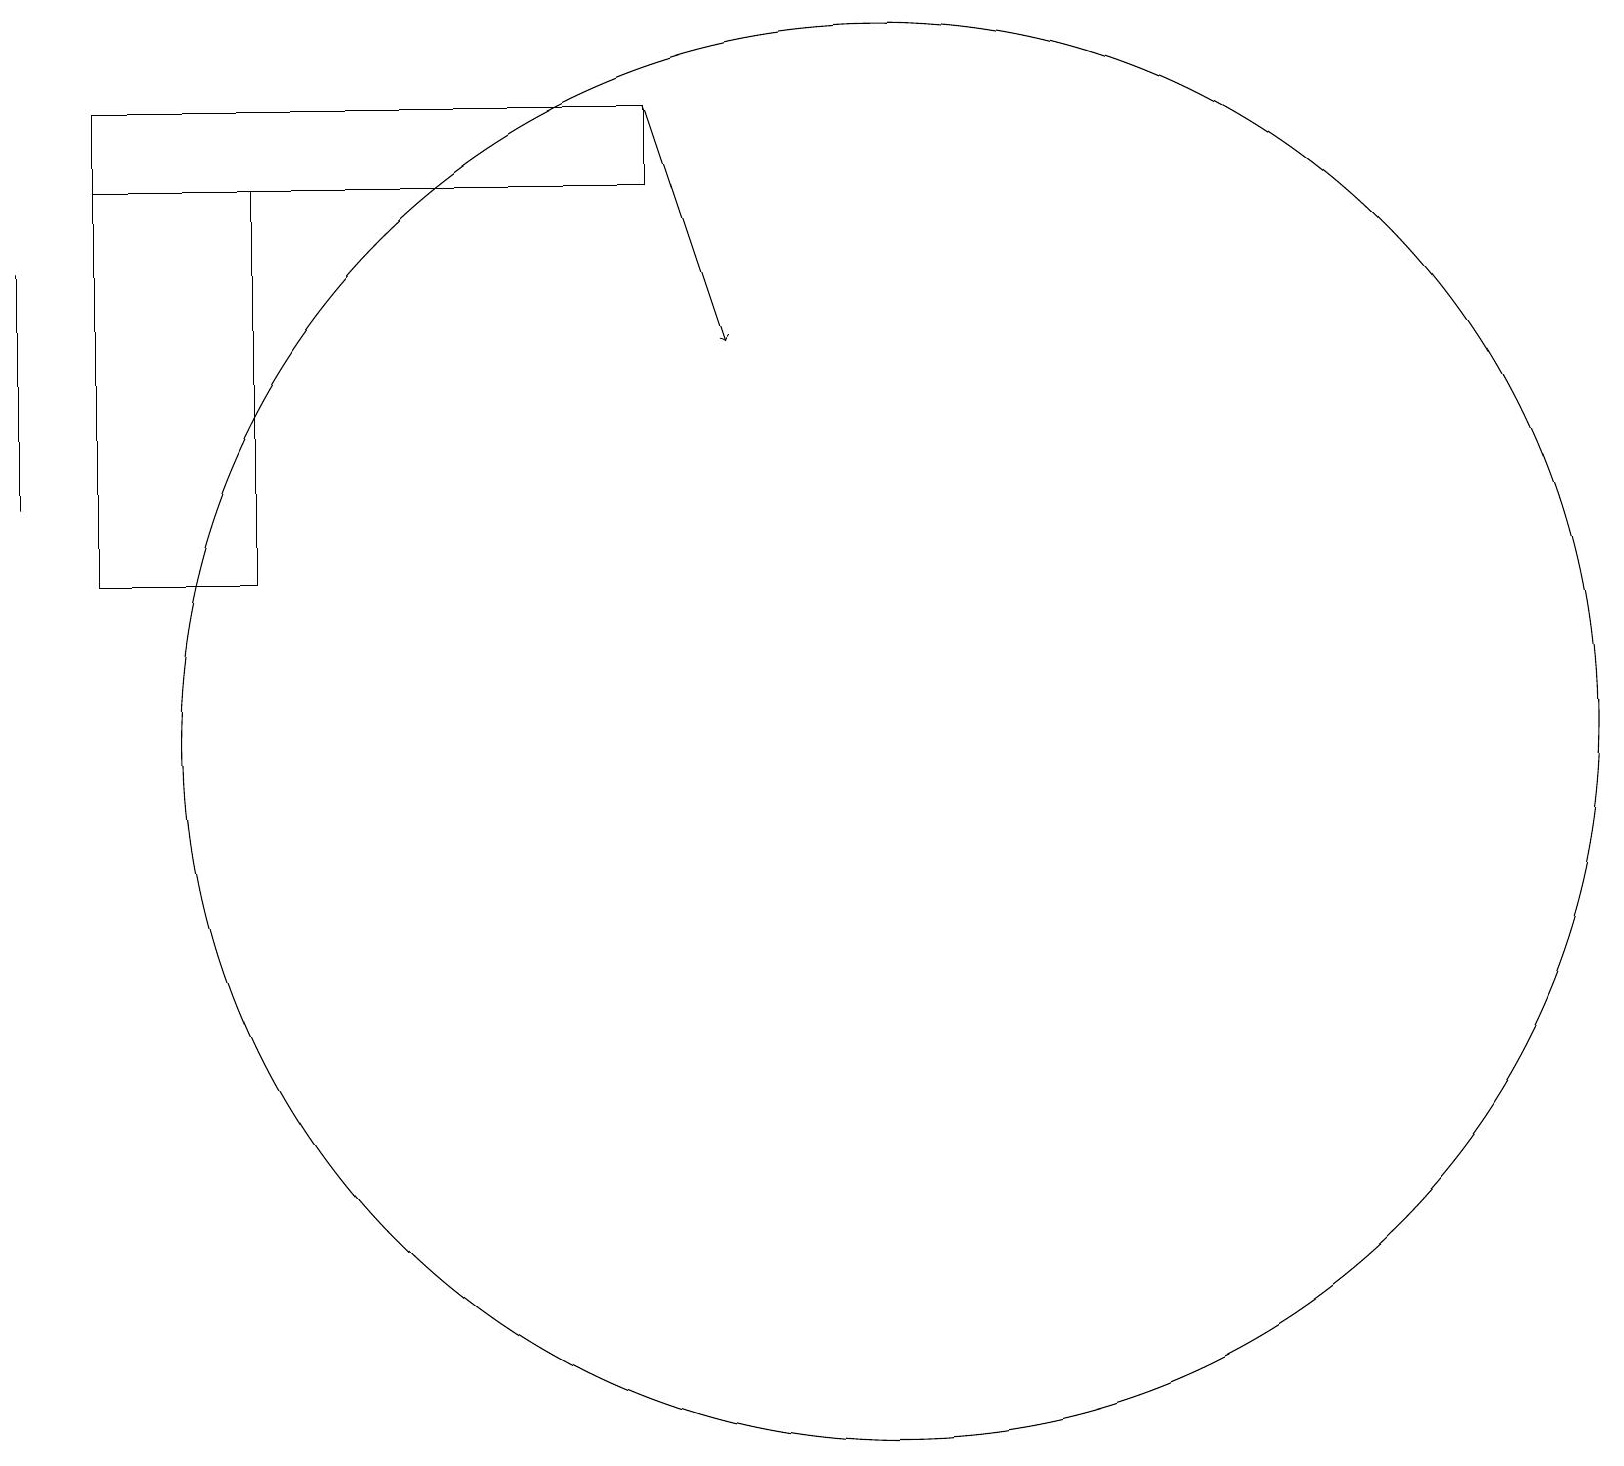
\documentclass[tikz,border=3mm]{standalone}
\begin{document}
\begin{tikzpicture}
\draw (1,17) rectangle (8,18);
\draw (11,10) circle (9);
\draw (1,17) rectangle (3,12);
\draw[->] (8,18) -- (9,15);
\draw (0,16) rectangle (0,13);
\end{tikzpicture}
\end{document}